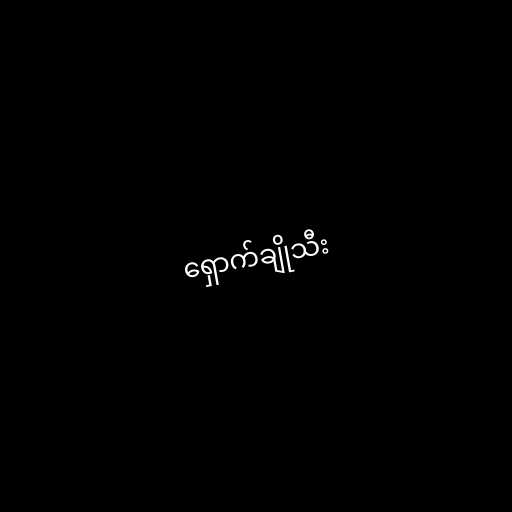
ရှောက်ချိုသီး